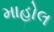
માહોલ